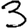
Digit: 3